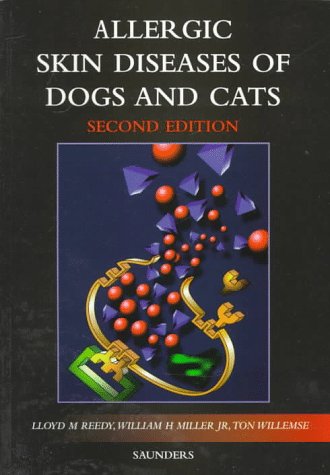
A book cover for Allergic Skin Diseases of Dogs and Cats, 2nd Edition; Lloyd M. Reedy DVM; Medical Books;